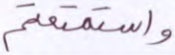
واستمتعتم